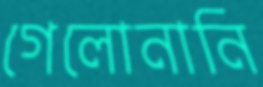
গেলোনানি